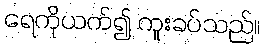
ရေကိုယက်၍ ကူးခပ်သည်။